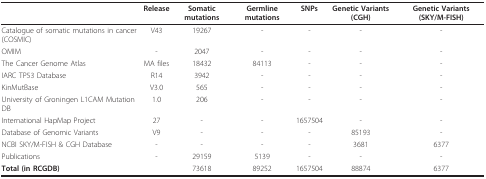
<table><thead><tr><td></td><td><b>Release</b></td><td><b>Somatic mutations</b></td><td><b>Germline mutations</b></td><td><b>SNPs</b></td><td><b>Genetic Variants (CGH)</b></td><td><b>Genetic Variants (SKY/M-FISH)</b></td></tr></thead><tbody><tr><td>Catalogue of somatic mutations in cancer (COSMIC)</td><td>V43</td><td>19267</td><td>-</td><td>-</td><td>-</td><td>-</td></tr><tr><td>OMIM</td><td>-</td><td>2047</td><td>-</td><td>-</td><td>-</td><td>-</td></tr><tr><td>The Cancer Genome Atlas</td><td>MA files</td><td>18432</td><td>84113</td><td>-</td><td>-</td><td>-</td></tr><tr><td>IARC TP53 Database</td><td>R14</td><td>3942</td><td>-</td><td>-</td><td>-</td><td>-</td></tr><tr><td>KinMutBase</td><td>V3.0</td><td>565</td><td>-</td><td>-</td><td>-</td><td>-</td></tr><tr><td>University of Groningen L1CAM Mutation DB</td><td>1.0</td><td>206</td><td>-</td><td>-</td><td>-</td><td>-</td></tr><tr><td>International HapMap Project</td><td>27</td><td>-</td><td>-</td><td>1657504</td><td>-</td><td>-</td></tr><tr><td>Database of Genomic Variants</td><td>V9</td><td>-</td><td>-</td><td>-</td><td>85193</td><td>-</td></tr><tr><td>NCBI SKY/M-FISH &amp; CGH Database</td><td>-</td><td>-</td><td>-</td><td>-</td><td>3681</td><td>6377</td></tr><tr><td>Publications</td><td>-</td><td>29159</td><td>5139</td><td>-</td><td>-</td><td>-</td></tr><tr><td><b>Total (in RCGDB)</b></td><td></td><td>73618</td><td>89252</td><td>1657504</td><td>88874</td><td>6377</td></tr></tbody></table>